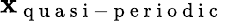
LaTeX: \mathbf{x}_{\mathrm{{~q~u~a~s~i~-~p~e~r~i~o~d~i~c~}}}